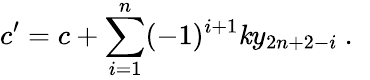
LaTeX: c^{\prime}=c+\sum_{i=1}^{n}(-1)^{i+1}\mathit{k}y_{2n+2-i}~.~\,